Indian journal of veterinary science and animal husbandry - Volumes 22-23, 1952-1953
Year: 1952
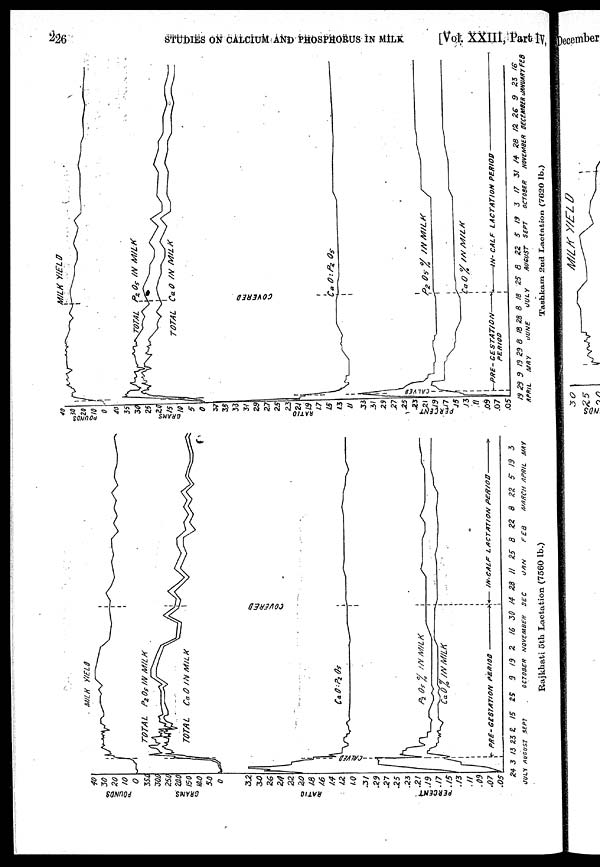
226 STUDIES ON CALCIUM AND PHOSPHORUS IN MILK [Vol. XXIII, Part IV,
Rajkhati 5th Lactation (7560 lb.)
Tashkam 2nd Lactation (7620 lb.)